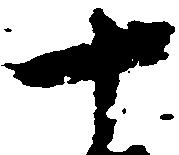
十